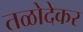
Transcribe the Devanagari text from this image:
तळोदेकर